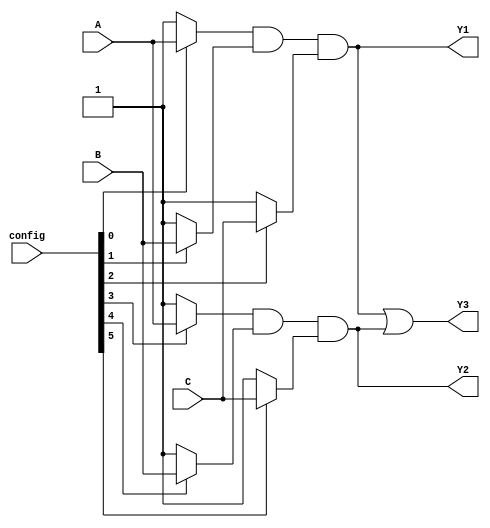
module FusedPAL (
    input wire A,   // Input A
    input wire B,   // Input B
    input wire C,   // Input C
    input wire [5:0] config, // Configuration for programmable AND gates
    output wire Y1, // Output Y1
    output wire Y2, // Output Y2
    output wire Y3  // Output Y3
);

// Internal signals for AND gate outputs
wire and_out_1, and_out_2, and_out_3;

// Programmable AND gates
assign and_out_1 = (config[0] ? A : 1'b1) & 
                   (config[1] ? B : 1'b1) & 
                   (config[2] ? C : 1'b1);

assign and_out_2 = (config[3] ? A : 1'b1) & 
                   (config[4] ? B : 1'b1) & 
                   (config[5] ? C : 1'b1);

// Fixed OR gates
assign Y1 = and_out_1; // Connect first AND output to Y1
assign Y2 = and_out_2; // Connect second AND output to Y2
assign Y3 = and_out_1 | and_out_2; // Combine both AND outputs for Y3

endmodule